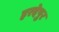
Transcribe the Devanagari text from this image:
हरदेपुर